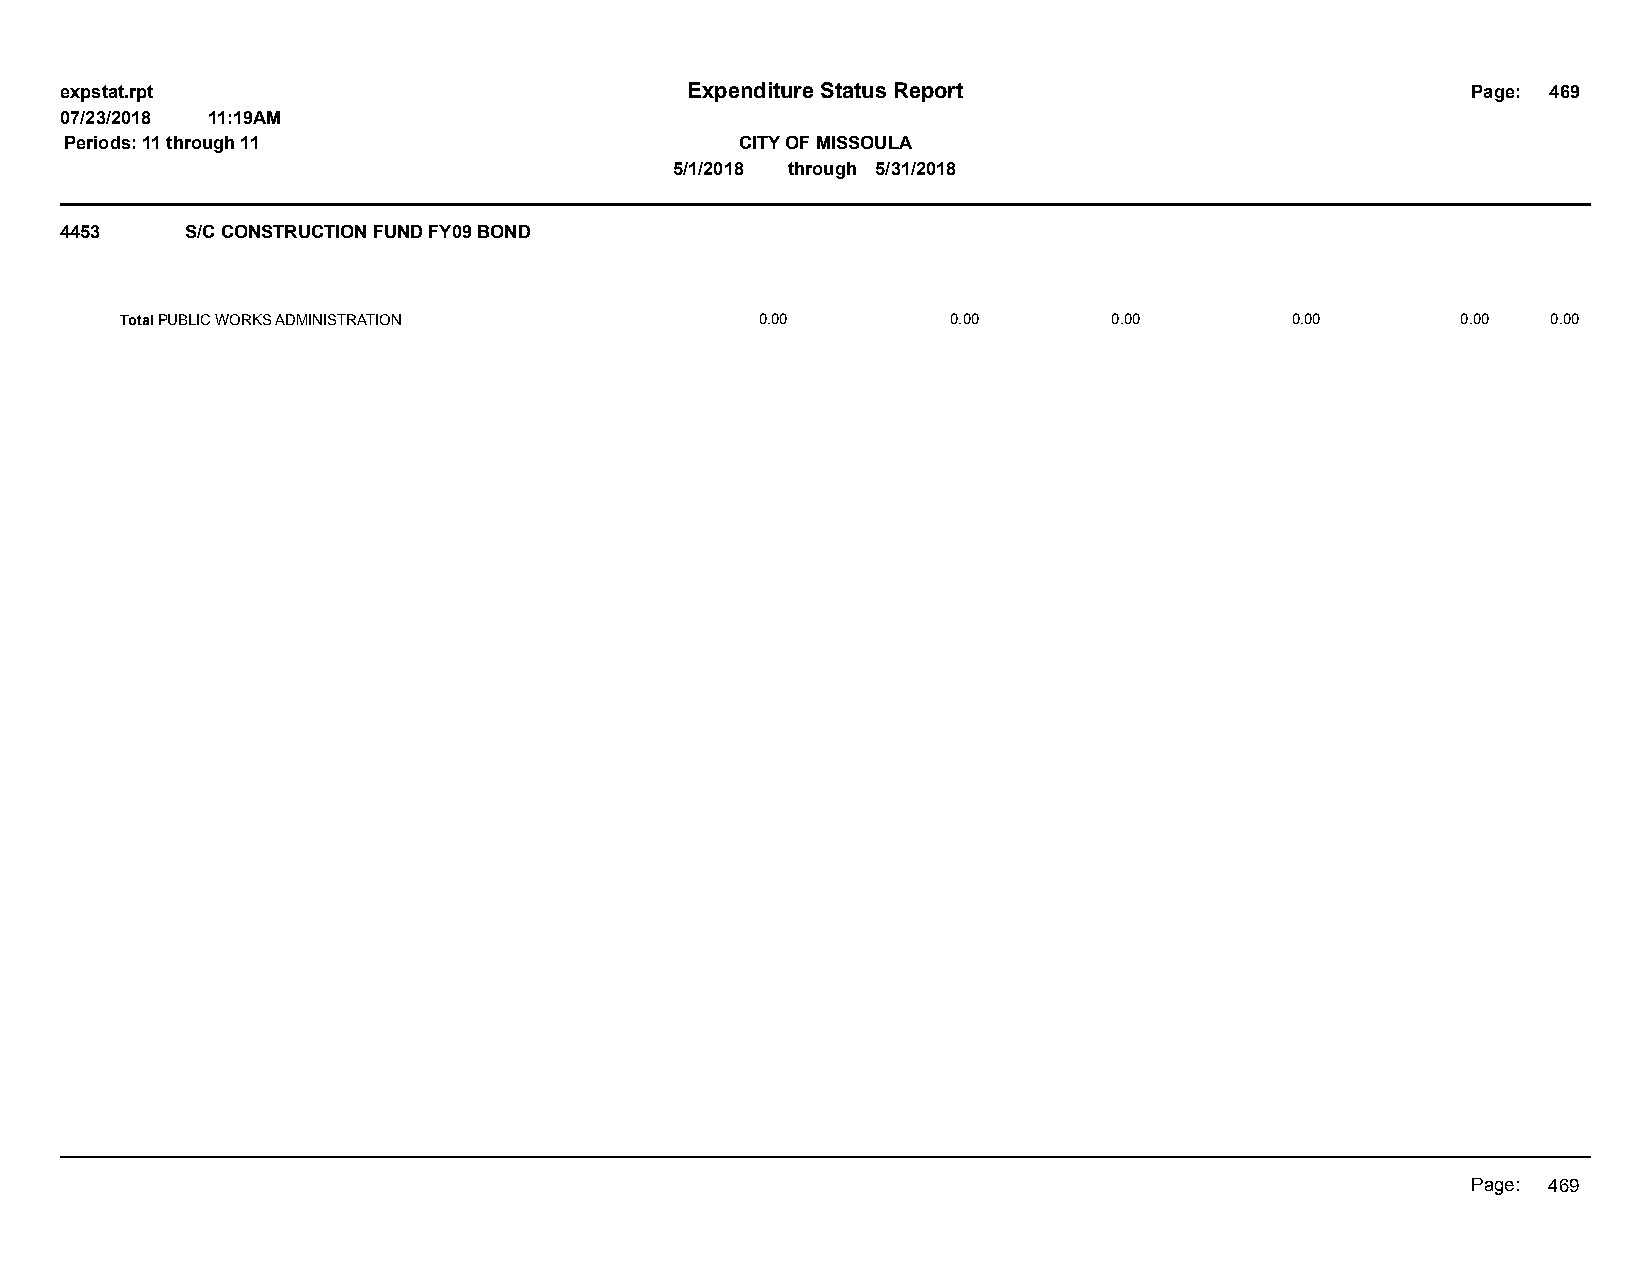
expstat.rpt                              Expenditure Status Report                           Page: 469
 07/23/2018 11:19AM
 Periods: 11 through 11                       CITY OF MISSOULA
 5/1/2018 through 5/31/2018
 4453    S/C CONSTRUCTION FUND FY09 BOND
 Total PUBLIC WORKS ADMINISTRATION         0.00         0.00       0.00       0.00        0.00  0.00
 Page: 469